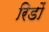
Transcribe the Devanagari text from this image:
रिडों